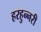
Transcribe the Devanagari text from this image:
हरहुन्‍नरी